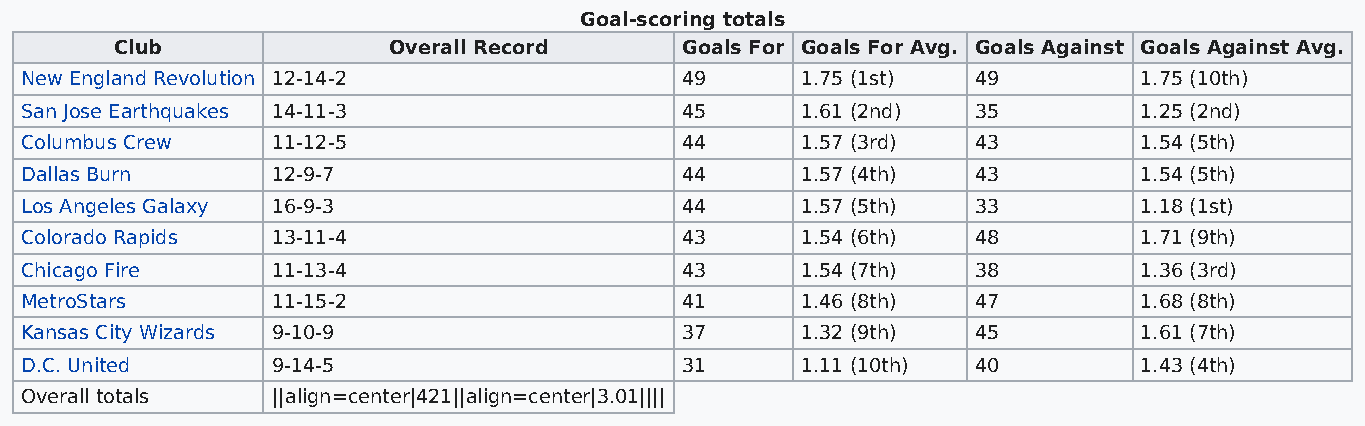
Goal-scoring totals
 Club              Overall Record     Goals For Goals For Avg. Goals Against Goals Against Avg.
 New England Revolution 12-14-2              49      1.75 (1st)  49        1.75 (10th)
 San Jose Earthquakes 14-11-3                45      1.61 (2nd)  35        1.25 (2nd)
 Columbus Crew    11-12-5                    44      1.57 (3rd)  43        1.54 (5th)
 Dallas Burn      12-9-7                     44      1.57 (4th)  43        1.54 (5th)
 Los Angeles Galaxy 16-9-3                   44      1.57 (5th)  33        1.18 (1st)
 Colorado Rapids  13-11-4                    43      1.54 (6th)  48        1.71 (9th)
 Chicago Fire     11-13-4                    43      1.54 (7th)  38        1.36 (3rd)
 MetroStars       11-15-2                    41      1.46 (8th)  47        1.68 (8th)
 Kansas City Wizards 9-10-9                  37      1.32 (9th)  45        1.61 (7th)
 D.C. United      9-14-5                     31      1.11 (10th) 40        1.43 (4th)
 Overall totals   ||align=center|421||align=center|3.01||||